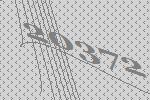
20372